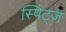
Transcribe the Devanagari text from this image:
स्पिट्ज़